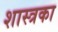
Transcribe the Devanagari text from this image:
शास्त्रका